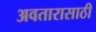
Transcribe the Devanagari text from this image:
अवतारासाठी